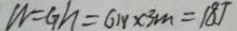
W = G h = 6 N \times 3 m = 1 8 J